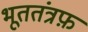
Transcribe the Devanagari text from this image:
भूततंत्रफ़